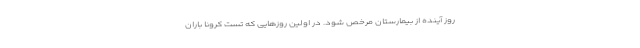
روز آینده از بیمارستان مرخص شود. در اولین روزهایی که تست کرونا باران